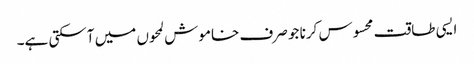
ایسی طاقت محسوس کرنا جو صرف خاموش لمحوں میں آسکتی ہے۔